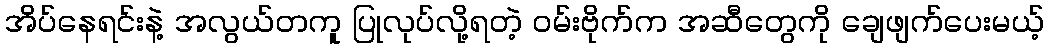
အိပ်နေရင်းနဲ့ အလွယ်တကူ ပြုလုပ်လို့ရတဲ့ ဝမ်းဗိုက်က အဆီတွေကို ချေဖျက်ပေးမယ့်